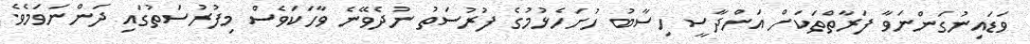
ވަޑައިނުގަންނަވާ ފަރާތްތަކަށް އަންދާސީ ހިސާބު ހުށަހެޅުމުގެ ފުރުސަތު ނުދެވޭނެ ވާހަކަވެސް މިފުރުސަތުގައި ދަންނަވަމެވެ.